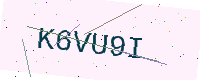
Text: K6VU9I